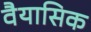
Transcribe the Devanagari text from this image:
वैयासिक